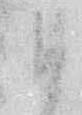
ひ